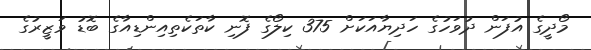
މޯދީގެ އުފަން ދުވަހުގެ ހަދިޔާއަކަށް 375 ކިލޯގެ ފޮނި ކާތަކެތިއިންޑިއާގެ ބޮޑު ވަޒީރުގެ